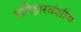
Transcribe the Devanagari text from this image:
प्रतिहारवंशीय